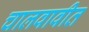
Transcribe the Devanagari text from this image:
चालवावीत